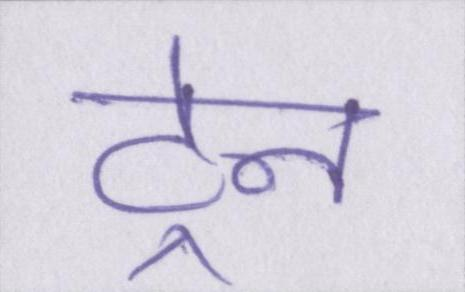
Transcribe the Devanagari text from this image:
ट्रेन